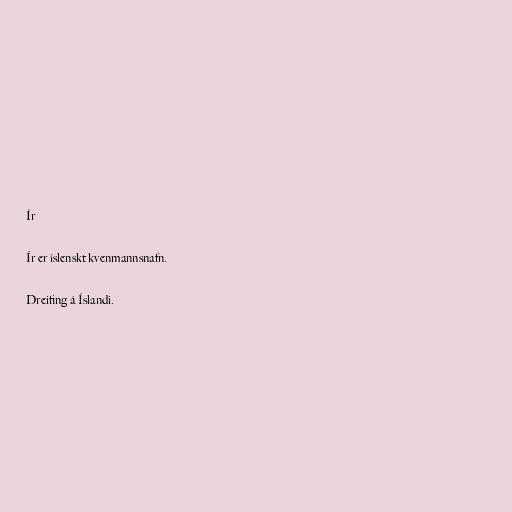
Ír

Ír er íslenskt kvenmannsnafn.

Dreifing á Íslandi.